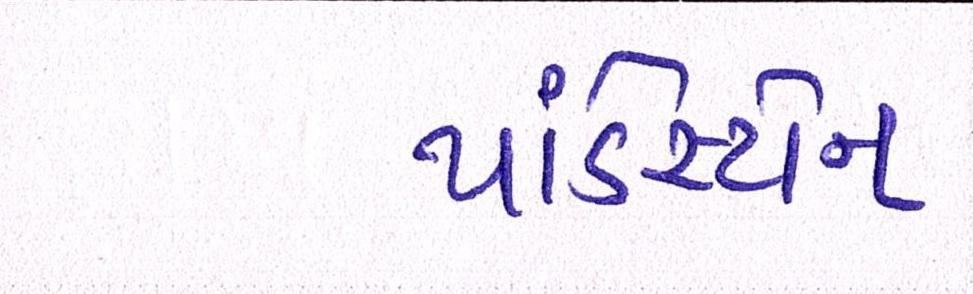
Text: પાંડેસ્ટોન